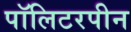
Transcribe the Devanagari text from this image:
पॉलिटरपीन